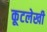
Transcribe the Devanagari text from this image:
कूटलेखी